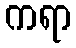
ကရာ